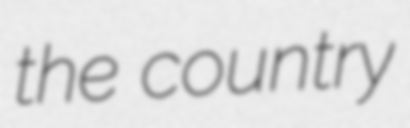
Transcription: the country